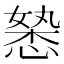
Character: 𭞉